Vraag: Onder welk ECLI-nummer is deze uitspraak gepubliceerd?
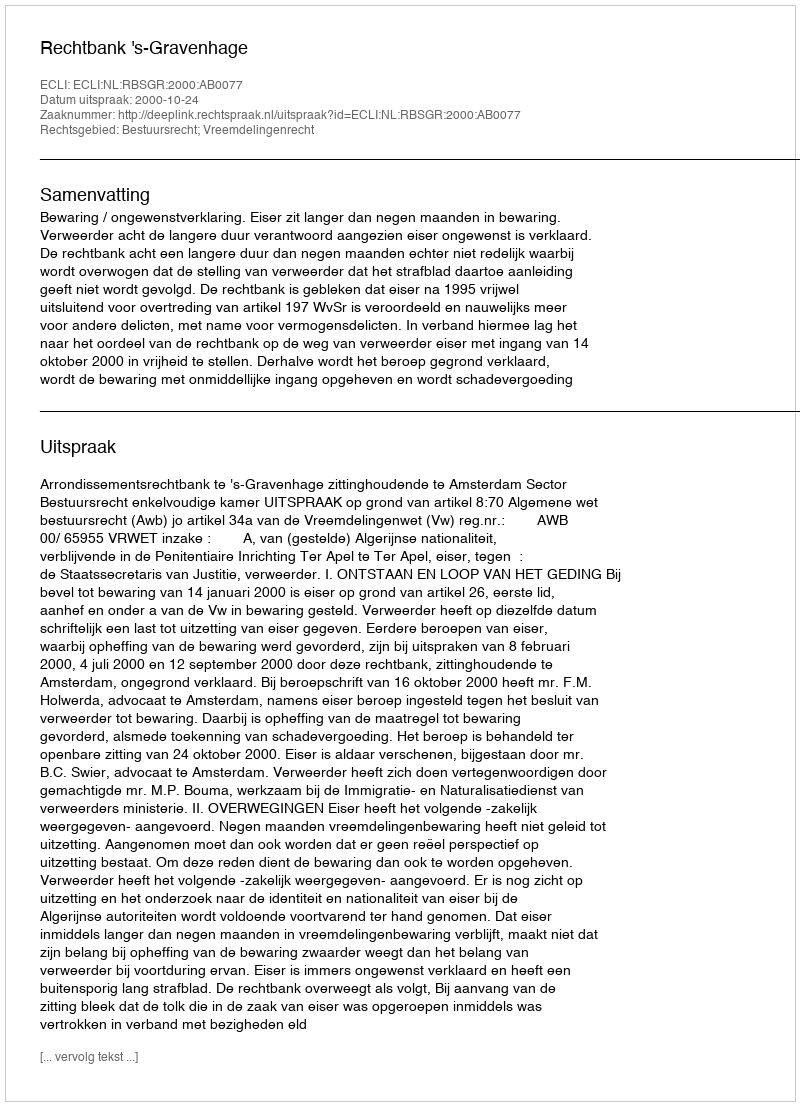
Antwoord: ECLI:NL:RBSGR:2000:AB0077